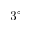
3 ^ { \circ }